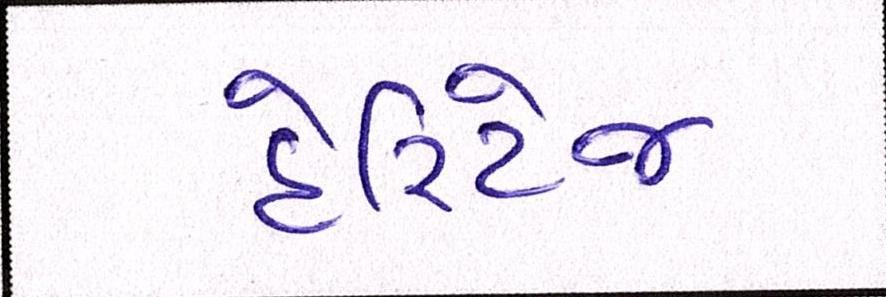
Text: હેરિટેજ